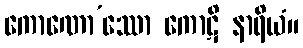
ကောဏော’ဿော ကောဋိ နာရိယံ။